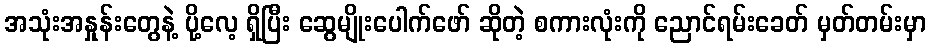
အသုံးအနှုန်းတွေနဲ့ ပို့လေ့ ရှိပြီး ဆွေမျိုးပေါက်ဖော် ဆိုတဲ့ စကားလုံးကို ညောင်ရမ်းခေတ် မှတ်တမ်းမှာ